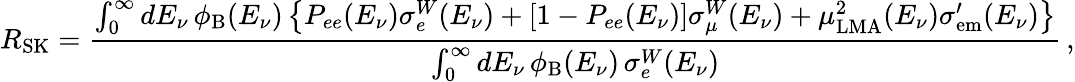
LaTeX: R_{\mathrm{SK}}=\frac{\int_{0}^{\infty}dE_{\nu}\, \phi_{\mathrm{B}}(E_{\nu})\left\{ P_{ee}(E_{\nu})\sigma_{e}^{W}(E_{\nu})+[1-P_{ee}(E_{\nu})]\sigma_{\mu}^{W}(E_{\nu})+\mu_{\mathrm{LMA}}^{2}(E_{\nu})\sigma_{\mathrm{em}}^{\prime}(E_{\nu})\right\} }{\int_{0}^{\infty}dE_{\nu}\, \phi_{\mathrm{B}}(E_{\nu})\, \sigma_{e}^{W}(E_{\nu})}\, ,